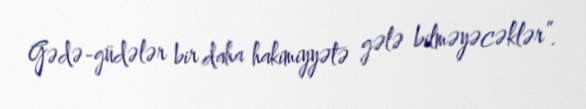
Gədə-güdələr bir daha hakimiyyətə gələ bilməyəcəklər”.